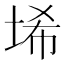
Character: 𱖱